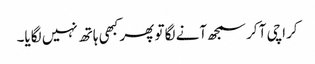
کراچی آ کر سمجھ آنے لگا تو پھر کبھی ہاتھ نہیں لگایا۔